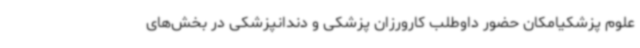
علوم پزشکیامکان حضور داوطلب کارورزان پزشکی و دندانپزشکی در بخش‌های